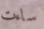
ساءت